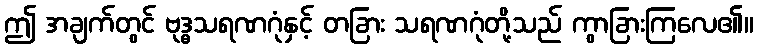
ဤ အချက်တွင် ဗုဒ္ဓသရဏဂုံနှင့် တခြား သရဏဂုံတို့သည် ကွာခြားကြလေ၏။